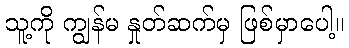
သူ့ကို ကျွန်မ နှုတ်ဆက်မှ ဖြစ်မှာပေါ့။